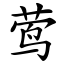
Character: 莺